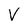
Character: V